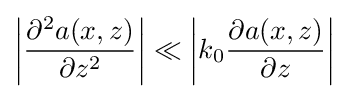
\left|{\frac {\partial ^{2}a(x,z)}{\partial z^{2}}}\right|\ll \left|k_{0}{\frac {\partial a(x,z)}{\partial z}}\right|